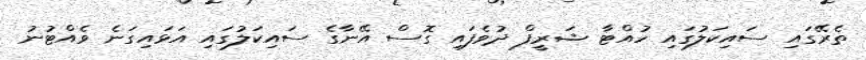
ތެރޭގައި ސައިކަލުގައި ހުއްޓާ ޝަރީފް ދުވެފައި ގޮސް އޭނާގެ ސައިކަލުގައި އަޅައިގަނެ ވެއްޓުނު